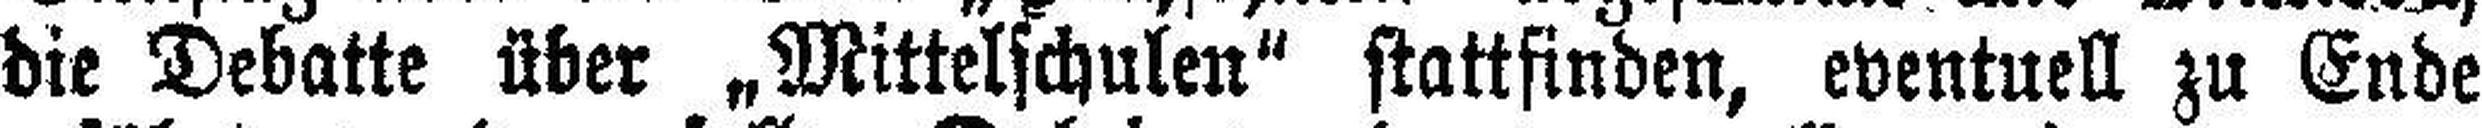
die Debatte über „Mittelschulen“ stattfinden, eventuell zu Ende